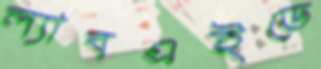
ল্যাবএইডে